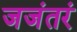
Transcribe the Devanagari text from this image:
जजंतरं